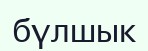
бүлшык